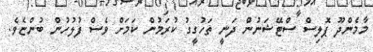
މާމެންދޫ ޕޮލިސް ސްޓޭޝަނުން ދަނީ ތަހުގީގު ކުރަމުން ކަމަށް ވެސް ފުލުހުން ބުންޏެވެ.